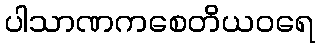
ပါသာဏကစေတိယဝရေ